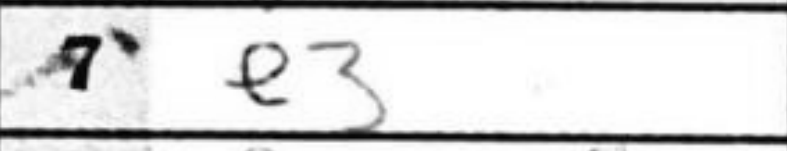
Transcription: e3